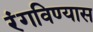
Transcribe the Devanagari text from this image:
रंगविण्यास